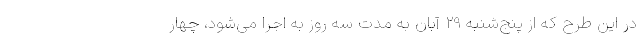
در این طرح که از پنج‌شنبه 29 آبان به مدت سه روز به اجرا می‌شود، چهار